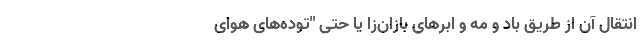
انتقال آن از طریق باد و مِه و ابرهای بازان‌زا یا حتی "توده‌های هوای